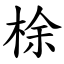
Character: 梌